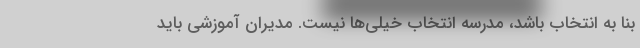
بنا به انتخاب باشد، مدرسه انتخاب خیلی‌ها نیست. مدیران آموزشی باید